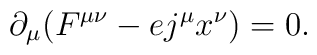
\partial_{\mu} (F^{\mu\nu}-ej^{\mu}x^{\nu})=0 .